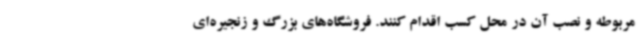
مربوطه و نصب آن در محل کسب اقدام کنند. فروشگاه‌های بزرگ و زنجیره‌ای